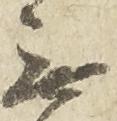
無